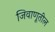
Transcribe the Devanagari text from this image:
जिवाणूतील